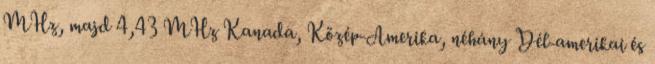
MHz, majd 4,43 MHz Kanada, Közép-Amerika, néhány Dél-amerikai és